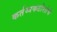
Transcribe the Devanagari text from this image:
कर्तव्यकठोरतेचे